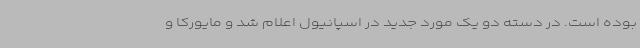
بوده است. در دسته دو یک مورد جدید در اسپانیول اعلام شد و مایورکا و